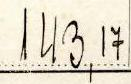
143,17